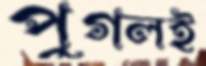
পুগলই